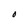
Character: O